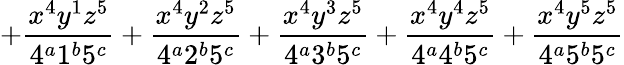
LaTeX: +\frac{x^{4}y^{1}z^{5}}{4^{a}1^{b}5^{c}}+\frac{x^{4}y^{2}z^{5}}{4^{a}2^{b}5^{c}}+\frac{x^{4}y^{3}z^{5}}{4^{a}3^{b}5^{c}}+\frac{x^{4}y^{4}z^{5}}{4^{a}4^{b}5^{c}}+\frac{x^{4}y^{5}z^{5}}{4^{a}5^{b}5^{c}}